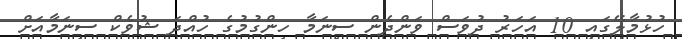
ހުޅުމާލޭގައި 10 އަހަރު ދުވަސް ވަންދެން ސިނަމާ ހިންގުމުގެ ހުއްދަ ޝުވެކް ސިނަމާއަށް